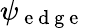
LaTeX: \psi_{\mathrm{~e~d~g~e~}}